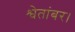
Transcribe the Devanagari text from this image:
श्वेतांबर।